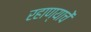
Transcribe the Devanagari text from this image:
रहाण्याचें